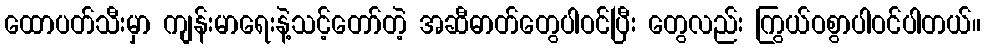
ထောပတ်သီးမှာ ကျန်းမာရေးနဲ့သင့်တော်တဲ့ အဆီဓာတ်တွေပါဝင်ပြီး တွေလည်း ကြွယ်ဝစွာပါဝင်ပါတယ်။